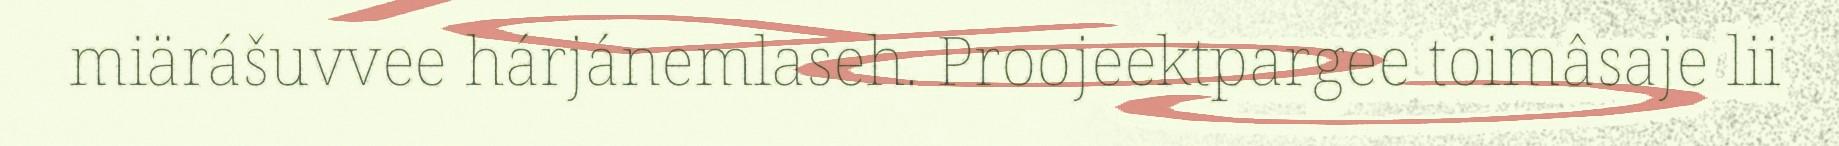
miärášuvvee hárjánemlaseh. Proojeektpargee toimâsaje lii